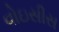
વોઇસીસ